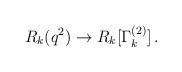
LaTeX: \begin{align*}R_k(q^2)\to R_k[\Gamma_k^{(2)}]\,.\end{align*}